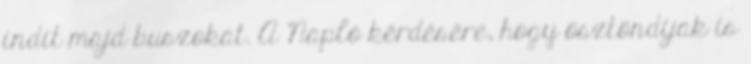
indít majd buszokat. A Napló kérdésére, hogy ösztöndíjak is